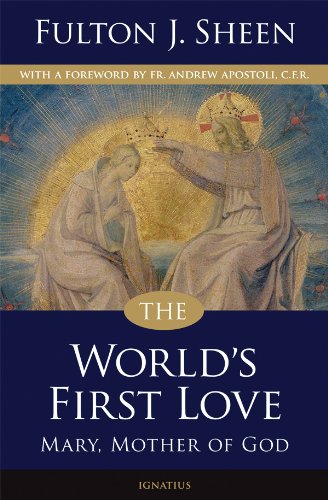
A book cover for The World's First Love (2nd edition): Mary, Mother of God; Archbishop Fulton J. Sheen; Christian Books & Bibles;